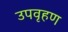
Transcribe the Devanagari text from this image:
उपवृहण